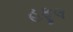
હફૂલ